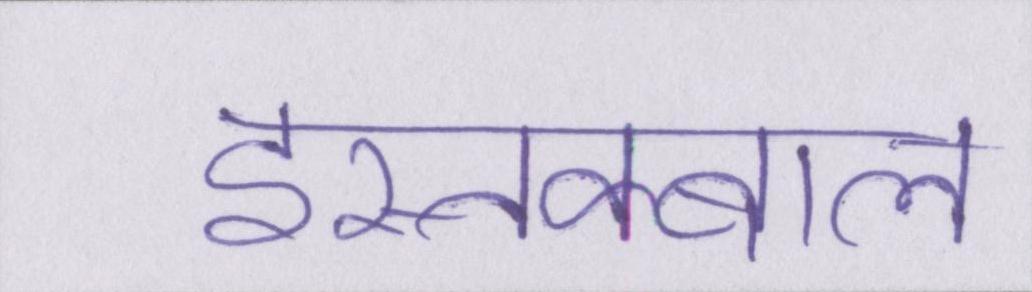
इस्तक्बाल